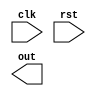
`timescale 1ns / 1ps
//////////////////////////////////////////////////////////////////////////////////
// Company: 
// Engineer: 
// 
// Design Name: 
// Module Name:    sch_bitcount 
// Project Name: 
// Target Devices: 
// Tool versions: 
// Description: 
//
// Dependencies: 
//
// Revision: 
// Revision 0.01 - File Created
// Additional Comments: 
//
//////////////////////////////////////////////////////////////////////////////////
module sch_bitcount(
    input clk,
    input rst,
    output [3:0] out
    );


endmodule